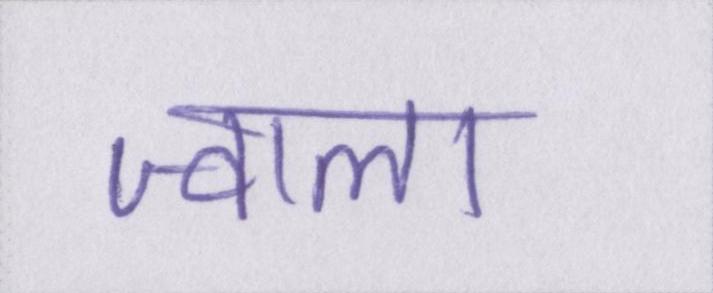
ज्वाला